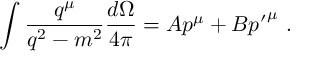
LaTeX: \int { \frac { q ^ { \mu } } { q ^ { 2 } - m ^ { 2 } } } { \frac { d \Omega } { 4 \pi } } = A p ^ { \mu } + B { p ^ { \prime } } ^ { \mu } \ .